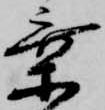
乗